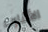
الأقارب